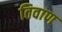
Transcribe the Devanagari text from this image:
तिवाण